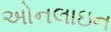
અોનલાઇન